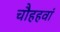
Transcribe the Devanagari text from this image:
चौहहवां